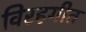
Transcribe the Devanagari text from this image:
विरहगीत